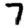
Digit: 7